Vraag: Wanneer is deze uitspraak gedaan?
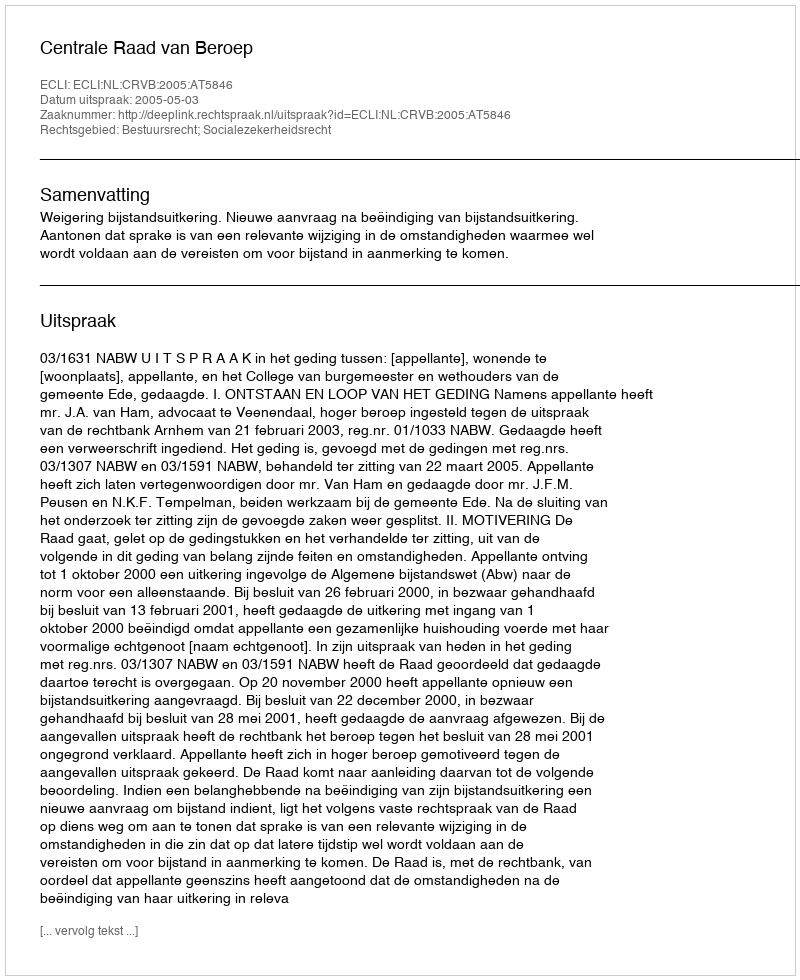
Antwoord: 2005-05-03